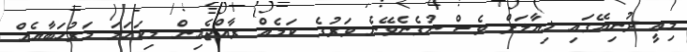
މިއީ ދުނިޔޭގައި ޚިޔާލަށް ވެސް ނުގެނެވޭނެ ވަރުގެ ކަމެއް ރާއްޖެއިން މިކަހަލަ މަރުހަބާއެއް